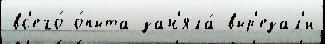
вс'его́ о́пыта зан'яла́ выр'езал'и